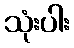
သုံးပါး